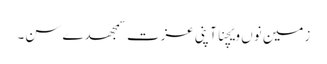
زمین نوں ویچنا آپنی عزت سمجھدے سن۔